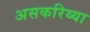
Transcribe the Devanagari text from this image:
असकरिय्या